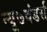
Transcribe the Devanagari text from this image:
न्यू७वंडर्स